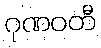
ဂုဏဝတီ